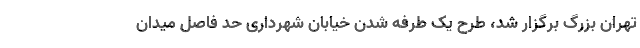
تهران بزرگ برگزار شد، طرح یک طرفه شدن خیابان شهرداری حد فاصل میدان